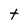
Character: t